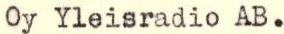
Oy Yleisradio AB.